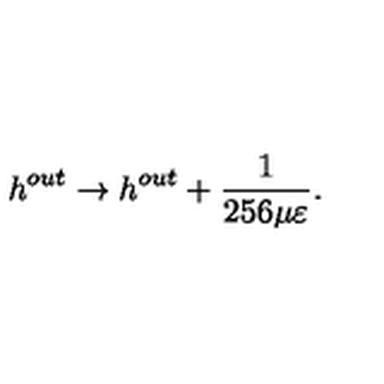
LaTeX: h ^ { o u t } \rightarrow h ^ { o u t } + \frac { 1 } { 2 5 6 \mu \varepsilon } .